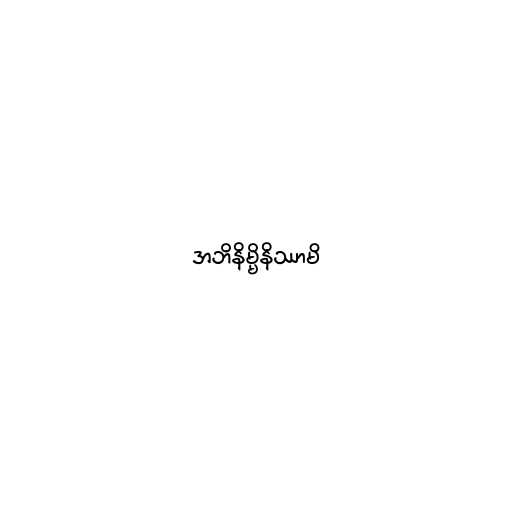
အဘိနိမ္မိနိဿာမိ